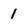
Character: 1